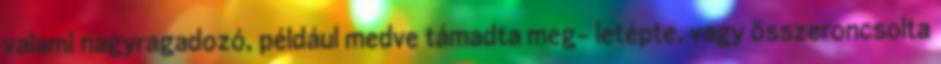
valami nagyragadozó, például medve támadta meg- letépte, vagy összeroncsolta